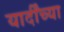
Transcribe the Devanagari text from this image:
यार्दींच्या